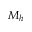
M _ { h }